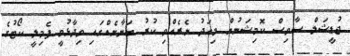
ޖުޑީޝަލް ސާވިސް ކޮމިޝަނުން މިއަދު ނެރެއްވި ކުރު ބަޔާނެއްގައި ވިދާޅުވީ ފެމިލީ ކޯޓުގެ